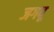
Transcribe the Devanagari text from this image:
जगवू